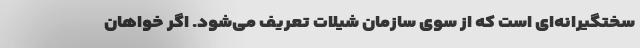
سختگیرانه‌ای است که از سوی سازمان شیلات تعریف می‌شود. اگر خواهان